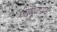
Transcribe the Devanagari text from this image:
जांभूळपाडा